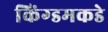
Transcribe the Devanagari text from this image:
किंग्डमकडे